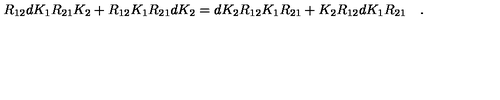
R _ { 1 2 } d K _ { 1 } R _ { 2 1 } K _ { 2 } + R _ { 1 2 } K _ { 1 } R _ { 2 1 } d K _ { 2 } = d K _ { 2 } R _ { 1 2 } K _ { 1 } R _ { 2 1 } + K _ { 2 } R _ { 1 2 } d K _ { 1 } R _ { 2 1 } \quad .